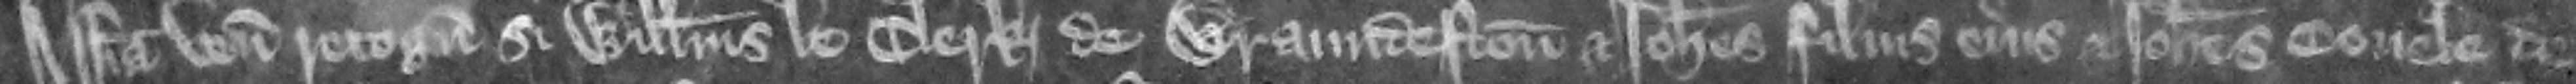
Assisa venit recognitura si Willelmus le Clerk de Braundeston et Iohannes filius eius et Iohannes Couele de